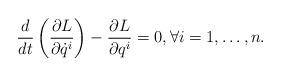
LaTeX: \begin{align*} \frac{d}{dt}\left(\frac{\partial L}{\partial \dot{q}^i}\right)-\frac{\partial L}{\partial q^i}=0, \forall i=1,\dots,n.\end{align*}